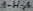
Text: 1-H-A